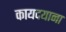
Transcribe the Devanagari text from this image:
कायदयाना